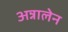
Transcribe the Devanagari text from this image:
अन्नालेन